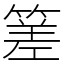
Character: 𥰭